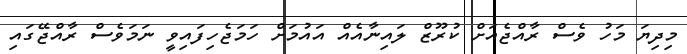
މިދިޔަ މަހު ވެސް ރާއްޖެއަށް ކުރޫޒް ލައިނާއެއް އައުމަށް ހަމަޖެހިފައިވީ ނަމަވެސް ރާއްޖޭގައި